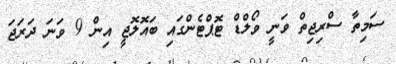
ސަމިތާ ސްރިޖިތް ވަނީ ވޯލްޑް ޓޮޕްޓެންގައި ބައޮލޮޖީ އިން 9 ވަނަ ދަރަޖަ